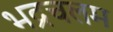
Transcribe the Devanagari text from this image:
भद्रचलम